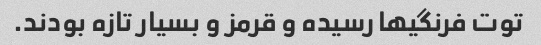
توت فرنگیها رسیده و قرمز و بسیار تازه بودند.